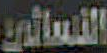
النسائي